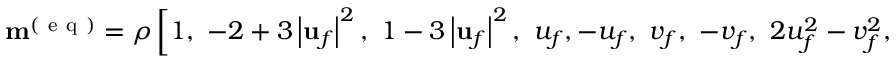
\mathbf { m } ^ { ( \mathrm { ~ e ~ q ~ } ) } = \rho \left[ 1 , \ - 2 + 3 \left| \mathbf { u } _ { f } \right| ^ { 2 } , \ 1 - 3 \left| \mathbf { u } _ { f } \right| ^ { 2 } , \ u _ { f } , - u _ { f } , \ v _ { f } , \ - v _ { f } , \ 2 u _ { f } ^ { 2 } - v _ { f } ^ { 2 } , \ u _ { f } v _ { f } \right] ^ { T }